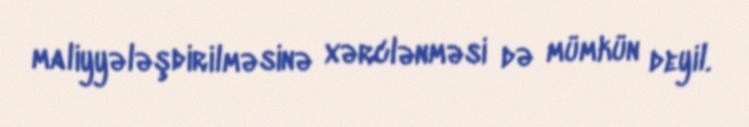
maliyyələşdirilməsinə xərclənməsi də mümkün deyil.